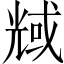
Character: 𠒬